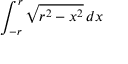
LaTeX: \int _ { - r } ^ { r } { \sqrt { r ^ { 2 } - x ^ { 2 } } } \, d x